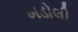
ખડોલી